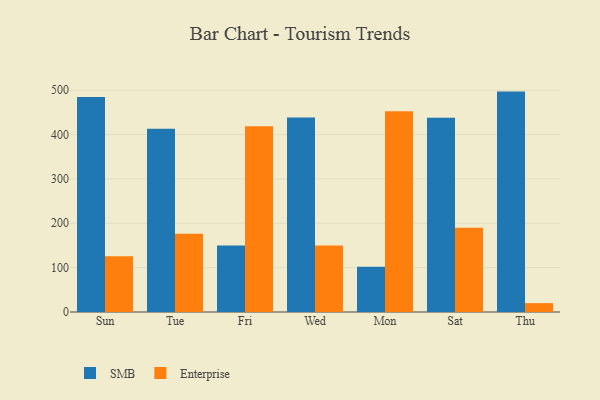
{"axis": {"x": "Day", "y": "Active Users"}, "legend": ["Enterprise", "SMB"], "data": [{"x": "Sun", "y": 484.5, "type": "SMB"}, {"x": "Sun", "y": 125.5, "type": "Enterprise"}, {"x": "Tue", "y": 412.9, "type": "SMB"}, {"x": "Tue", "y": 176.5, "type": "Enterprise"}, {"x": "Fri", "y": 150.1, "type": "SMB"}, {"x": "Fri", "y": 418.9, "type": "Enterprise"}, {"x": "Wed", "y": 438.4, "type": "SMB"}, {"x": "Wed", "y": 149.8, "type": "Enterprise"}, {"x": "Mon", "y": 101.9, "type": "SMB"}, {"x": "Mon", "y": 452.7, "type": "Enterprise"}, {"x": "Sat", "y": 438.2, "type": "SMB"}, {"x": "Sat", "y": 190.2, "type": "Enterprise"}, {"x": "Thu", "y": 496.9, "type": "SMB"}, {"x": "Thu", "y": 20.0, "type": "Enterprise"}]}